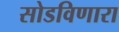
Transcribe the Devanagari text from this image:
सोडविणारा